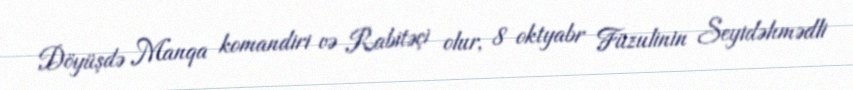
Döyüşdə Manqa komandiri və Rabitəçi olur, 8 oktyabr Füzulinin Seyidəhmədli